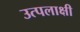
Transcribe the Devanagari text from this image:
उत्पलाक्षी